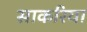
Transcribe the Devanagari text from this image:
साकरिया